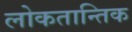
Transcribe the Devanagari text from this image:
लोकतान्तिक